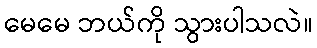
မေမေ ဘယ်ကို သွားပါသလဲ။